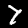
Label: 7